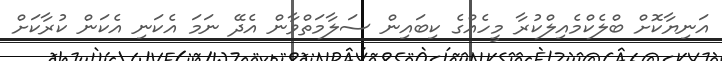
އަނިޔާކޮށް ބްލެކްމެއިލްކުރާ މީހެއްގެ ކިބައިން ސަލާމަތްވާން އެދޭ ނަމަ އެކަނި އެކަން ކުރާކަށް